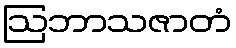
ဩဘာသဇာတံ